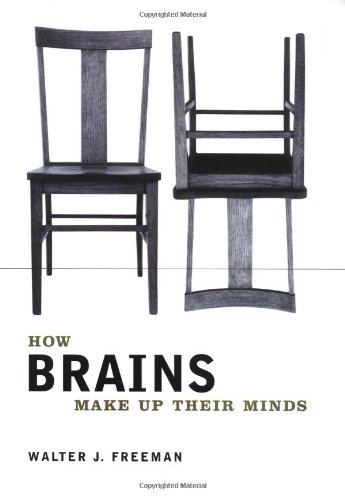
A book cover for How Brains Make Up Their Minds; Walter J. Freeman; Medical Books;